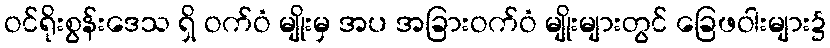
ဝင်ရိုးစွန်းဒေသ ရှိ ဝက်ဝံ မျိုးမှ အပ အခြားဝက်ဝံ မျိုးများတွင် ခြေဖဝါးများ၌